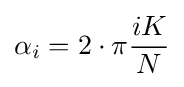
\alpha _{i}=2\cdot \pi {\frac {iK}{N}}